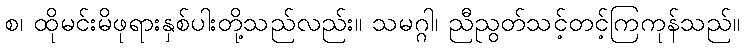
စ၊ ထိုမင်းမိဖုရားနှစ်ပါးတို့သည်လည်း။ သမဂ္ဂါ၊ ညီညွတ်သင့်တင့်ကြကုန်သည်။